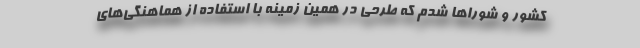
کشور و شوراها شدم که طرحی در همین زمینه با استفاده از هماهنگی‌های